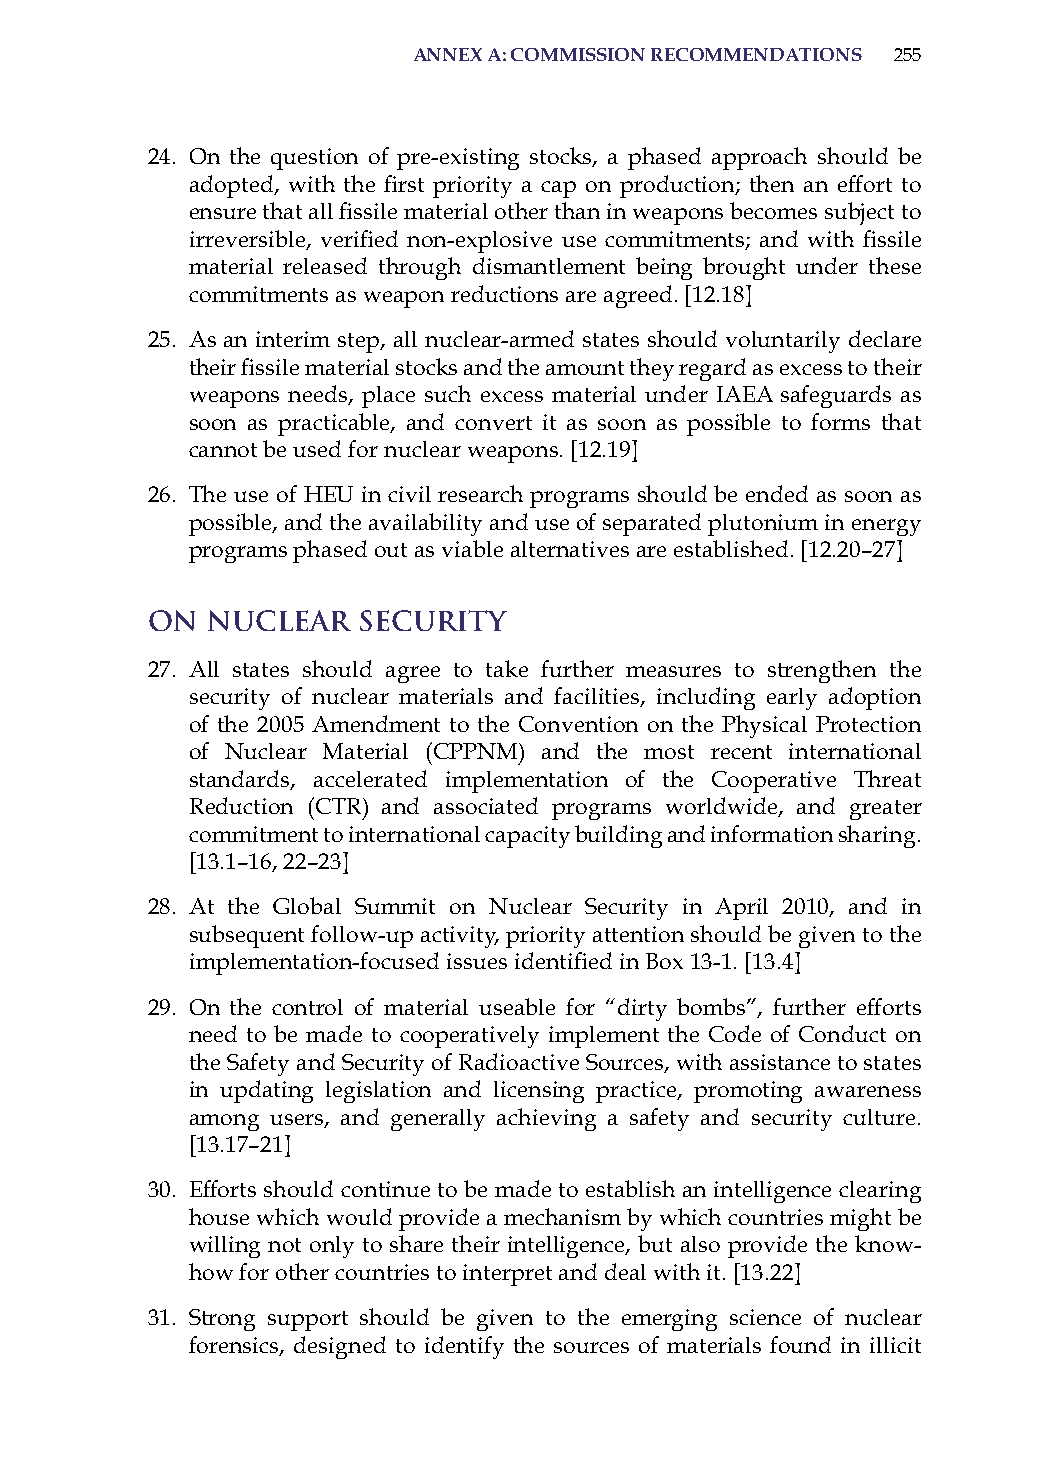
annex a: commission recommendations 255
 24. on the question of pre-existing stocks, a phased approach should be
 adopted, with the first priority a cap on production; then an effort to
 ensure that all fissile material other than in weapons becomes subject to
 irreversible, verified non-explosive use commitments; and with fissile
 material released through dismantlement being brought under these
 commitments as weapon reductions are agreed. [12.18]
 25. as an interim step, all nuclear-armed states should voluntarily declare
 their fissile material stocks and the amount they regard as excess to their
 weapons needs, place such excess material under iaEa safeguards as
 soon as practicable, and convert it as soon as possible to forms that
 cannot be used for nuclear weapons. [12.19]
 26. The use of hEU in civil research programs should be ended as soon as
 possible, and the availability and use of separated plutonium in energy
 programs phased out as viable alternatives are established. [12.20–27]
 On  Nuclear   Security
 27. all states should agree to take further measures to strengthen the
 security of nuclear materials and facilities, including early adoption
 of the 2005 amendment to the Convention on the Physical Protection
 of Nuclear Material (CPPNM) and the most recent international
 standards, accelerated implementation of the Cooperative Threat
 reduction (CTr) and associated programs worldwide, and greater
 commitment to international capacity building and information sharing.
 [13.1–16, 22–23]
 28. at the Global summit on Nuclear security in april 2010, and in
 subsequent follow-up activity, priority attention should be given to the
 implementation-focused issues identified in Box 13-1. [13.4]
 29. on the control of material useable for “dirty bombs”, further efforts
 need to be made to cooperatively implement the Code of Conduct on
 the safety and security of radioactive sources, with assistance to states
 in updating legislation and licensing practice, promoting awareness
 among users, and generally achieving a safety and security culture.
 [13.17–21]
 30. Efforts should continue to be made to establish an intelligence clearing
 house which would provide a mechanism by which countries might be
 willing not only to share their intelligence, but also provide the know-
 how for other countries to interpret and deal with it. [13.22]
 31. strong support should be given to the emerging science of nuclear
 forensics, designed to identify the sources of materials found in illicit